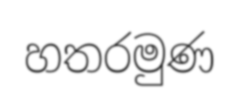
හතරමුණ